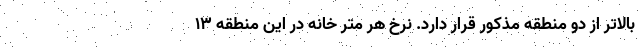
بالاتر از دو منطقه مذکور قرار دارد. نرخ هر متر خانه در این منطقه ۱۳